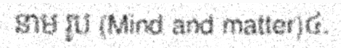
នាម រូប (Mind and matter)៤.